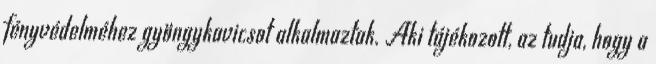
fényvédelméhez gyöngykavicsot alkalmaztak. Aki tájékozott, az tudja, hogy a